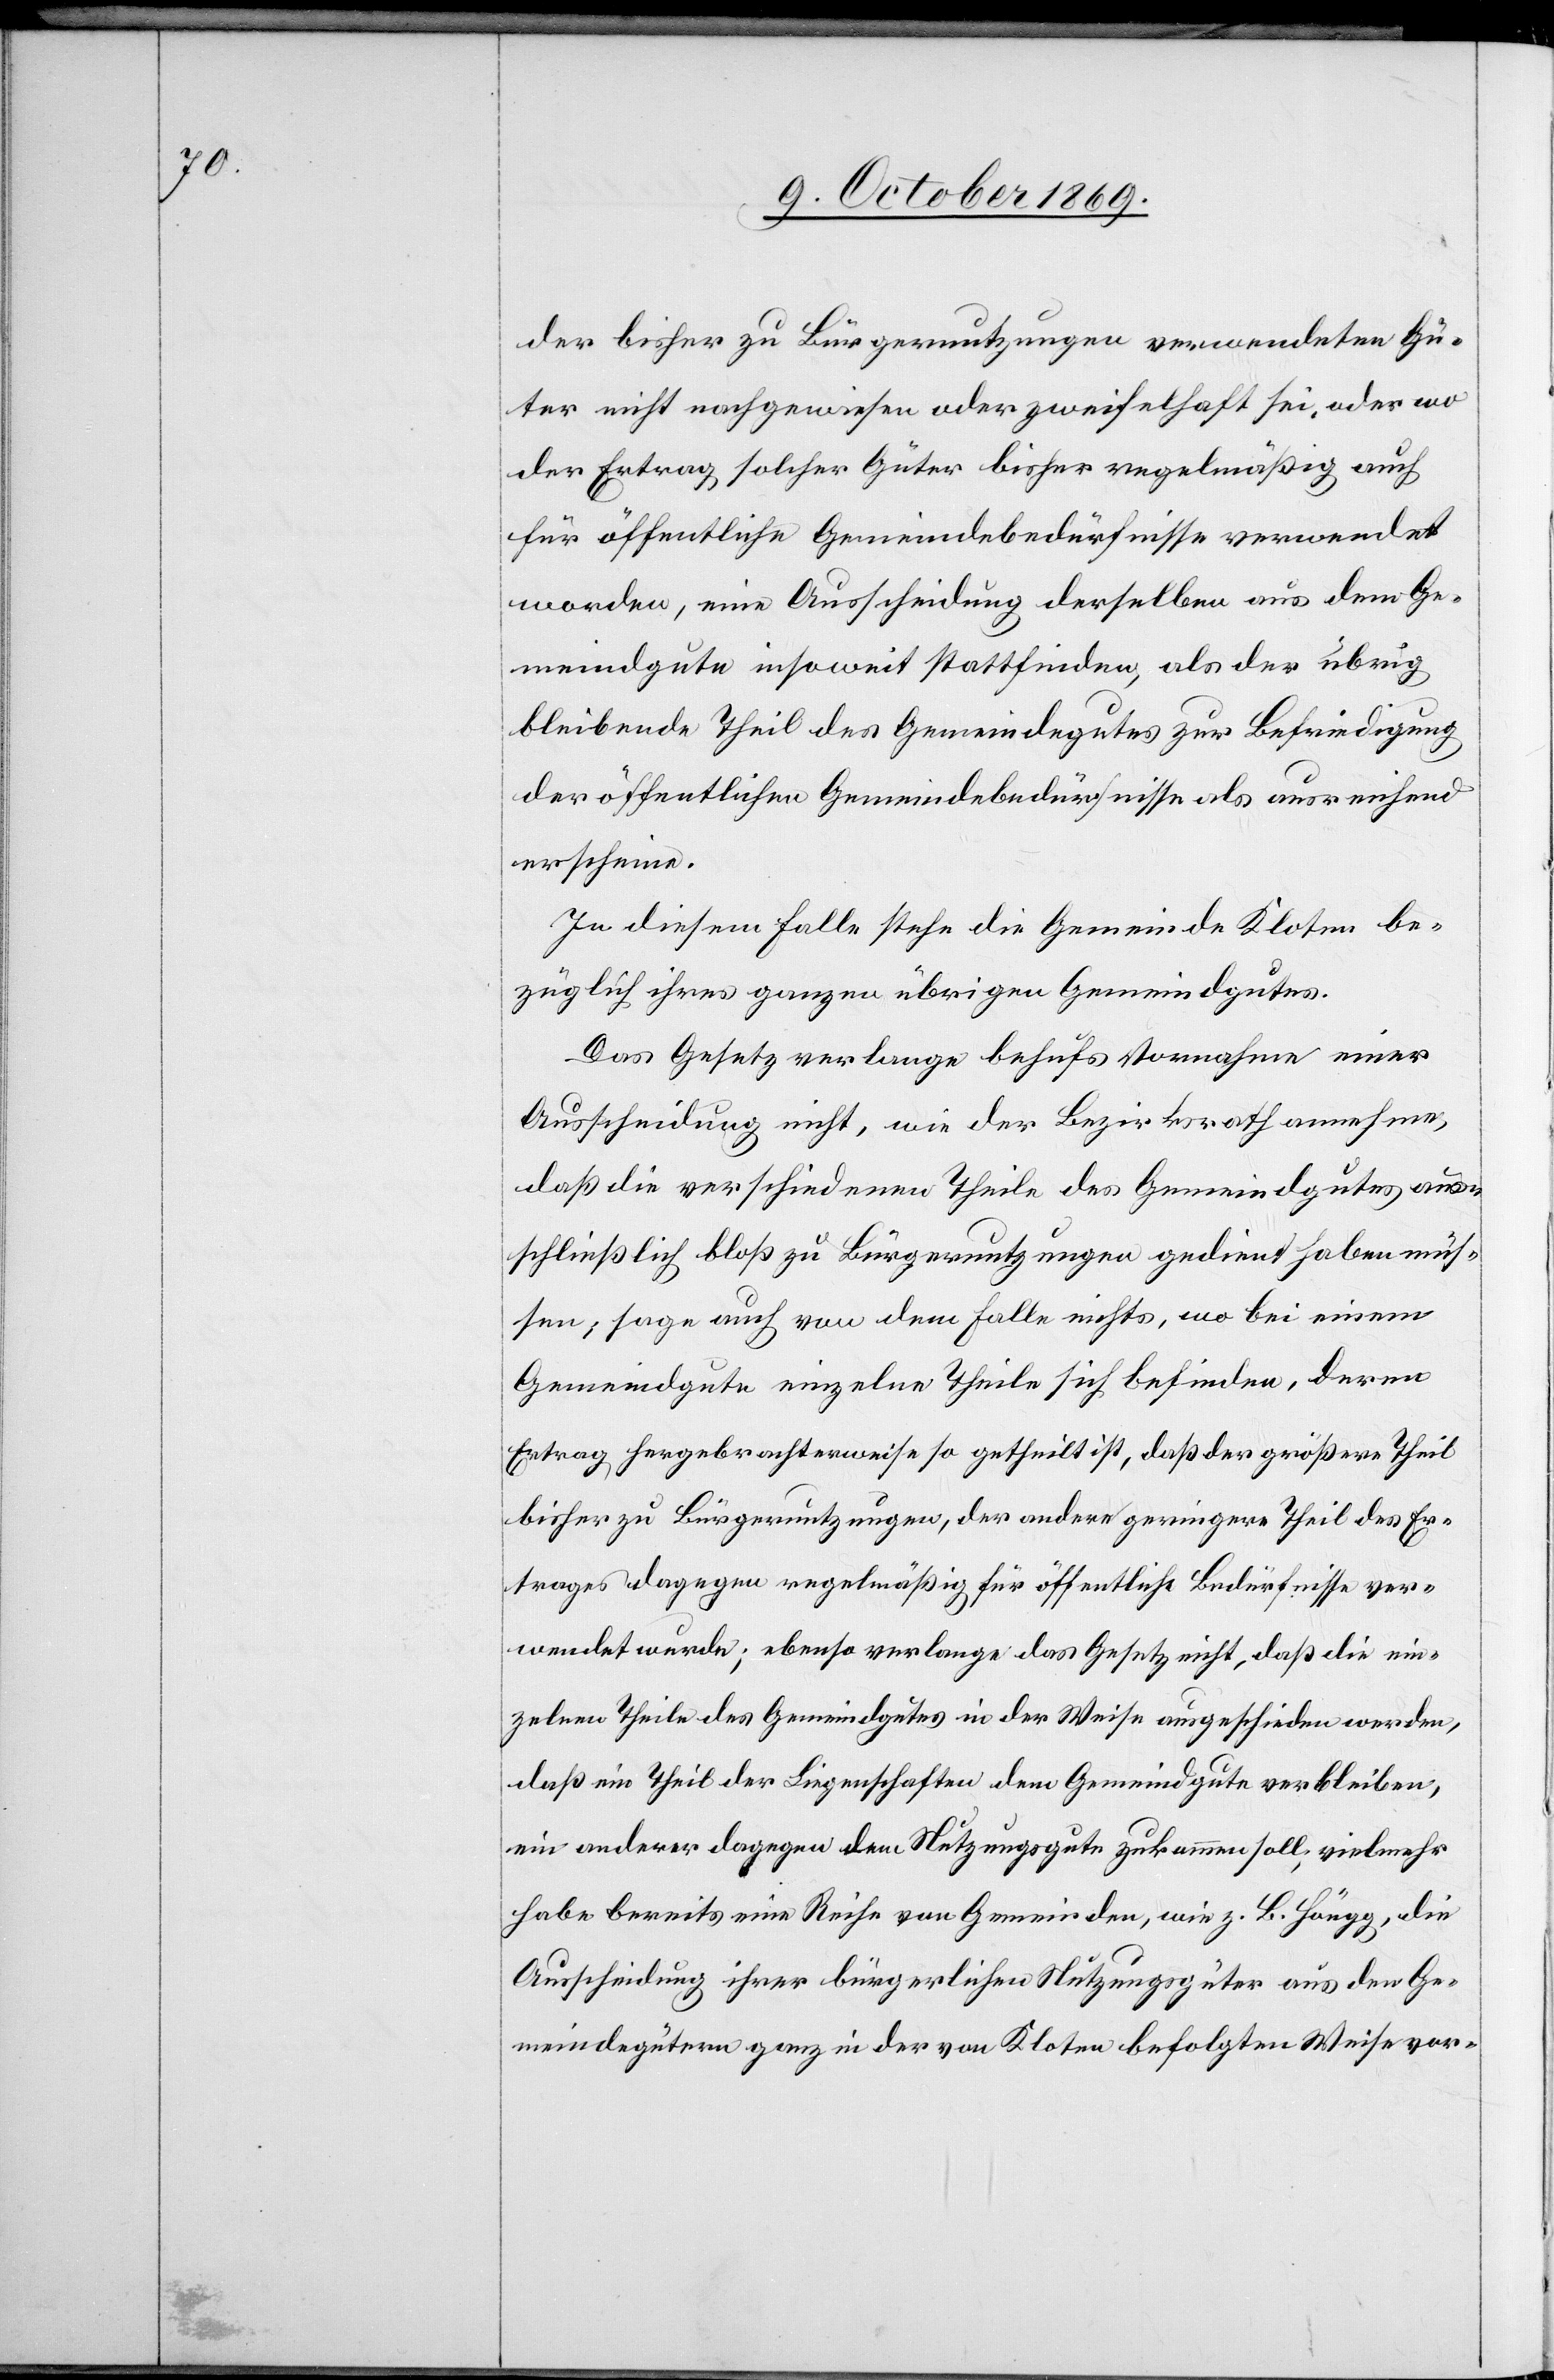
der bisher zu Bürgernutzungen verwendeten Gü¬
ter nicht nachgewiesen oder zweifelhaft sei, oder wo
der Ertrag solcher Güter bisher regelmäßig auch
für öffentliche Gemeindebedürfnisse verwendet
worden, eine Ausscheidung derselben aus dem Ge¬
meindgute insoweit stattfinden, als der übrig
bleibende Theil des Gemeindegutes zur Befriedigung
der öffentlichen Gemeindebedürfnisse als ausreichend
erscheine.
In diesem Falle stehe die Gemeinde Kloten be¬
züglich ihres ganzen übrigen Gemeindgutes.
Das Gesetz verlange behufs Vornahme einer
Ausscheidung nicht, wie der Bezirksrath annehme,
daß die verschiedenen Theile des Gemeindgutes aus¬
schließlich bloß zu Bürgernutzungen gedient haben müs¬
sen; sage auch von dem Falle nichts, wo bei einem
Gemeindgute einzelne Theile sich befinden, deren
Ertrag hergebrachterweise so getheilt ist, daß der größere Theil
bisher zu Bürgernutzungen, der andere geringere Theil des Er¬
trages dagegen regelmäßig für öffentliche Bedürfnisse ver¬
wendet wurde; ebenso verlange das Gesetz nicht, daß die ein¬
zelnen Theile des Gemeindgutes in der Weise ausgeschieden werden,
daß ein Theil der Liegenschaften dem Gemeindgute verbleiben,
ein anderer dagegen dem Nutzungsgute zukommen soll; vielmehr
habe bereits eine Reihe von Gemeinden, wie z. B. Höngg, die
Ausscheidung ihrer bürgerlichen Nutzungsgüter aus den Ge¬
meindegütern ganz in der von Kloten befolgten Weise vor-